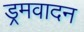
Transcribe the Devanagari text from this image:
ड्रमवादन